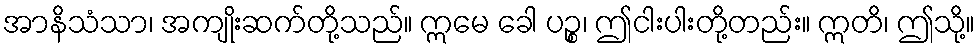
အာနိသံသာ၊ အကျိုးဆက်တို့သည်။ ဣမေ ခေါ ပဉ္စ၊ ဤငါးပါးတို့တည်း။ ဣတိ၊ ဤသို့။